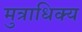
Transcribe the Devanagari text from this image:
मुत्राधिक्य